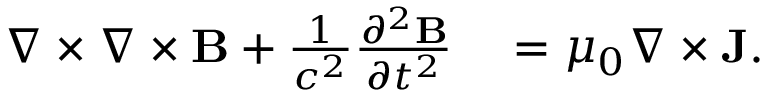
\begin{array} { r l } { \nabla \times \nabla \times { \mathbf B } + \frac { 1 } { c ^ { 2 } } \frac { \partial ^ { 2 } { \mathbf B } } { \partial t ^ { 2 } } } & { { } = \mu _ { 0 } \nabla \times { \mathbf J } . } \end{array}